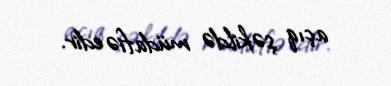
açıq şəkildə müdafiə edir.